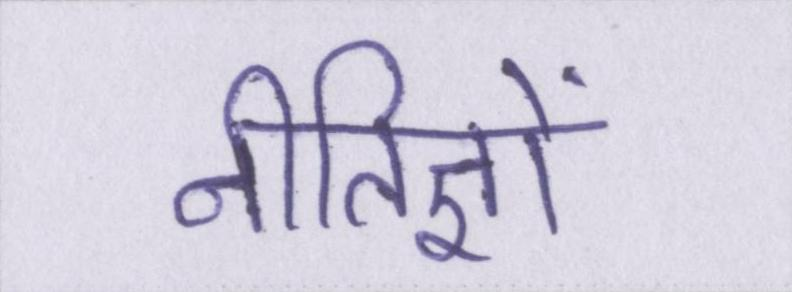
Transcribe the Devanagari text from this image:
नीतिज्ञों